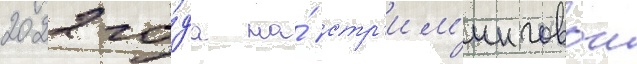
2022 го́да на́ стр'им'инговои